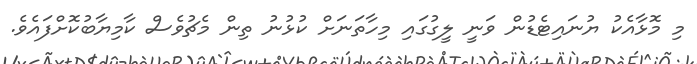
މި މޮޅާއެކު ޔުނައިޓެޑުން ވަނީ ލީގުގައި މިހާތަނަށް ކުޅުނު ތިން މެޗުވެސް ކާމިޔާބުކޮށްފައެވެ.